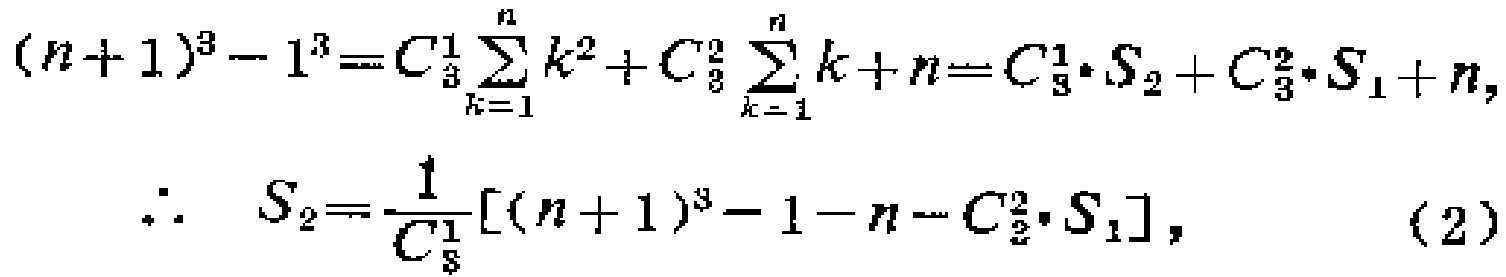
\((n + 1)^3 - 1^3 = C_{3}^{1}\sum_{k = 1}^{n}k^2 + C_{3}^{2}\sum_{k = 1}^{n}k + n = C_{3}^{1}\cdot S_{2}+C_{3}^{2}\cdot S_{1}+n,\)
\(\therefore\quad S_{2}=\frac{1}{C_{3}^{1}}[(n + 1)^3 - 1 - n - C_{3}^{2}\cdot S_{1}],\quad(2)\)